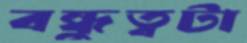
বন্ধুত্বটা